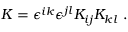
K = \epsilon ^ { i k } \epsilon ^ { j l } K _ { i j } K _ { k l } \ .